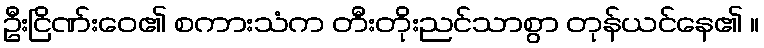
ဦးငြိဏ်းဝေ၏ စကားသံက တီးတိုးညင်သာစွာ တုန်ယင်နေ၏ ။